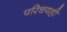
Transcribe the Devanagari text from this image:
परिचयही